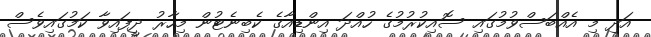
އަދި މި އެއްބަސްވުމުގައި ސޮއިކުރުމުގެ ހުއްދަ އިންޑިއާގެ ކެބިނެޓުން މިހާރު ދީފައިވާ ކަމުގައިވެސް